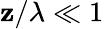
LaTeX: \mathbf{z}/\lambda\ll1